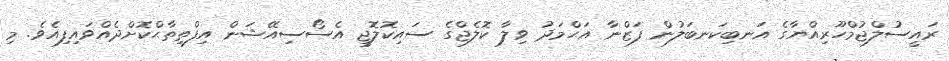
ރައީސުލްޖުމްހޫރިއްޔާގެ އަނބިކަނބަލުން ފަޒްނާ އަޙްމަދު ވިލާ ކޮލެޖްގެ ސައިކޮލޮޖީ އެސޯސިއޭޝަން އިފްތިތާޙްކޮށްދެއްވައިފިއެވެ. މި